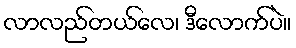
လာလည်တယ်လေ၊ ဒီလောက်ပဲ။